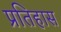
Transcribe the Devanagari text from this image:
प्रतिहास